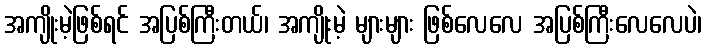
အကျိုးမဲ့ဖြစ်ရင် အပြစ်ကြီးတယ်၊ အကျိုးမဲ့ များများ ဖြစ်လေလေ အပြစ်ကြီးလေလေပဲ၊